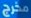
مخرج